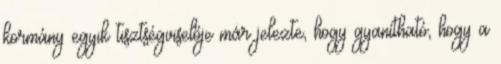
kormány egyik tisztségviselője már jelezte, hogy gyanítható, hogy a